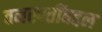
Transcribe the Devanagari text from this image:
वनस्पतींबद्दल